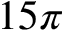
1 5 \pi